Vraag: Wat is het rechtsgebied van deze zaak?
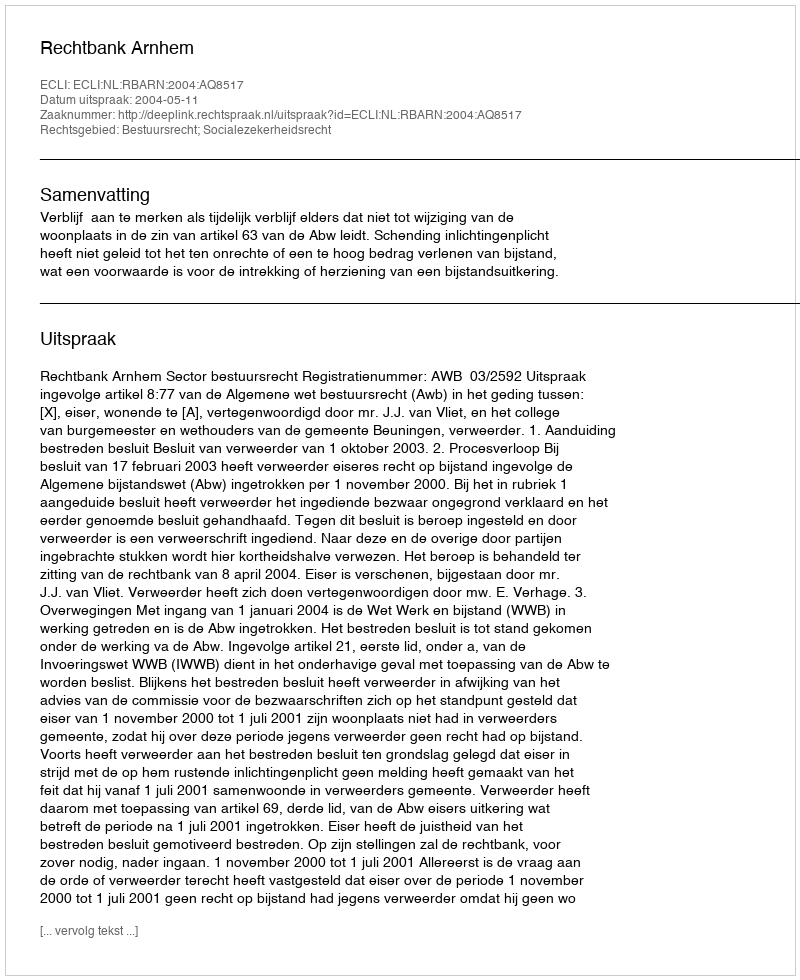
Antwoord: Bestuursrecht; Socialezekerheidsrecht